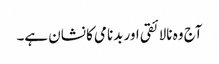
آج وہ نالائقی اور بدنامی کا نشان ہے۔